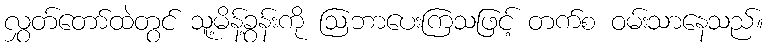
လွှတ်တော်ထဲတွင် သူ့မိန့်ခွန်းကို ဩဘာပေးကြသဖြင့် တက်စ ဝမ်းသာနေသည်။